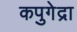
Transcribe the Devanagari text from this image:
कपुगेद्रा